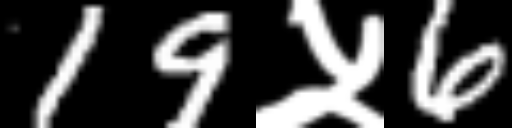
Text: 19५6